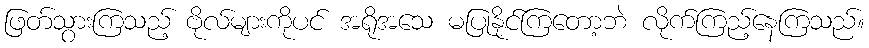
ဖြတ်သွားကြသည့် ဗိုလ်များကိုပင် အရိုအသေ မပြုနိုင်ကြတော့ဘဲ လိုက်ကြည့်နေကြသည်။